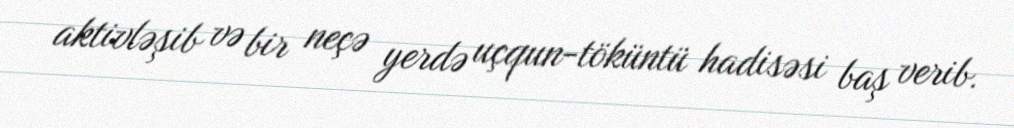
aktivləşib və bir neçə yerdə uçqun-töküntü hadisəsi baş verib.